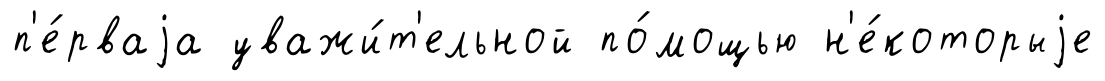
п'е́рваjа уважи́т'ельной по́мощью н'е́которыjе